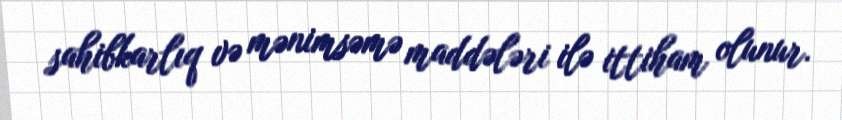
sahibkarlıq və mənimsəmə maddələri ilə ittiham olunur.